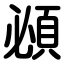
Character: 覕